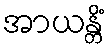
အာယန္တိံ